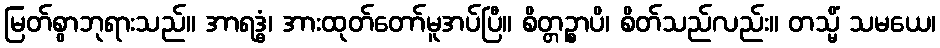
မြတ်စွာဘုရားသည်။ အာရဒ္ဓံ၊ အားထုတ်တော်မူအပ်ပြီ။ စိတ္တဉ္စာပိ၊ စိတ်သည်လည်း။ တသ္မိံ သမယေ၊